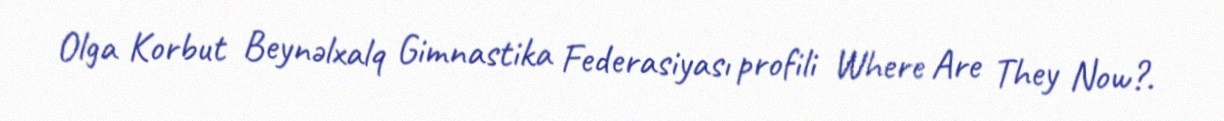
Olga Korbut Beynəlxalq Gimnastika Federasiyası profili Where Are They Now?.